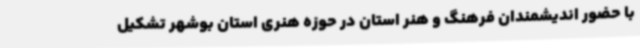
با حضور اندیشمندان فرهنگ و هنر استان در حوزه هنری استان بوشهر تشکیل